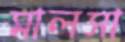
মালসা